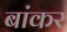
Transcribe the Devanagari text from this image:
बांकर